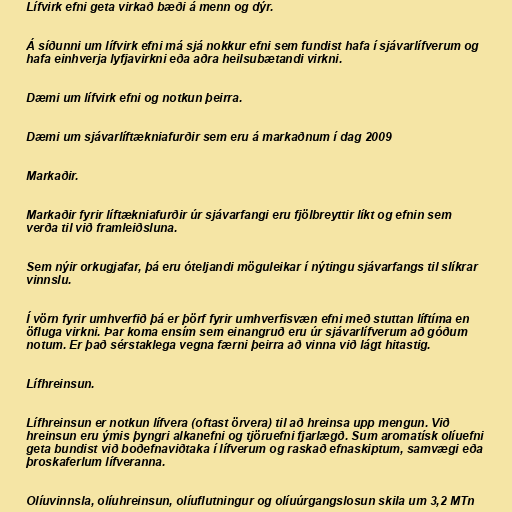
Lífvirk efni geta virkað bæði á menn og dýr.

Á síðunni um lífvirk efni má sjá nokkur efni sem fundist hafa í sjávarlífverum og
hafa einhverja lyfjavirkni eða aðra heilsubætandi virkni.

Dæmi um lífvirk efni og notkun þeirra.

Dæmi um sjávarlíftækniafurðir sem eru á markaðnum í dag 2009

Markaðir.

Markaðir fyrir líftækniafurðir úr sjávarfangi eru fjölbreyttir líkt og efnin sem
verða til við framleiðsluna.

Sem nýir orkugjafar, þá eru óteljandi möguleikar í nýtingu sjávarfangs til slíkrar
vinnslu.

Í vörn fyrir umhverfið þá er þörf fyrir umhverfisvæn efni með stuttan líftíma en
öfluga virkni. Þar koma ensím sem einangruð eru úr sjávarlífverum að góðum
notum. Er það sérstaklega vegna færni þeirra að vinna við lágt hitastig.

Lífhreinsun.

Lífhreinsun er notkun lífvera (oftast örvera) til að hreinsa upp mengun. Við
hreinsun eru ýmis þyngri alkanefni og tjöruefni fjarlægð. Sum aromatísk olíuefni
geta bundist við boðefnaviðtaka í lífverum og raskað efnaskiptum, samvægi eða
þroskaferlum lífveranna.

Olíuvinnsla, olíuhreinsun, olíuflutningur og olíuúrgangslosun skila um 3,2 MTn